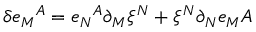
\delta e _ { M } { } ^ { A } = e _ { N } { } ^ { A } \partial _ { M } \xi ^ { N } + \xi ^ { N } \partial _ { N } e _ { M } { A }